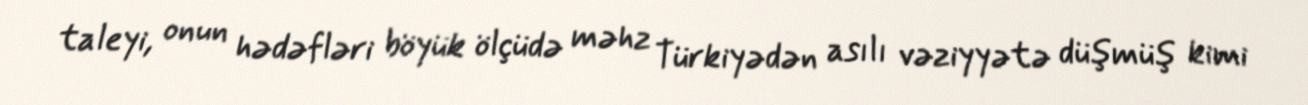
taleyi, onun hədəfləri böyük ölçüdə məhz Türkiyədən asılı vəziyyətə düşmüş kimi